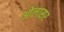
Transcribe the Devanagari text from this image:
ओलासर